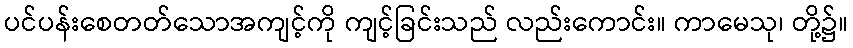
ပင်ပန်းစေတတ်သောအကျင့်ကို ကျင့်ခြင်းသည် လည်းကောင်း။ ကာမေသု၊ တို့၌။